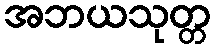
အဘယသုတ္တ